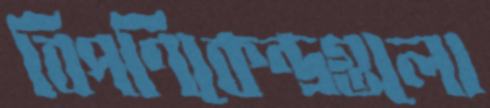
বিপণিকেন্দ্রগুলো